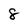
Character: 8